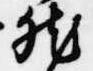
然